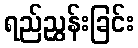
ရည်ညွှန်းခြင်း